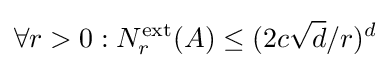
\forall r>0:N_{r}^{\text{ext}}(A)\leq (2c{\sqrt {d}}/r)^{d}